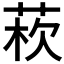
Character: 𦰻